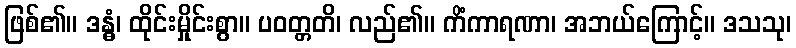
ဖြစ်၏။ ဒန္ဓံ၊ ထိုင်းမှိုင်းစွာ။ ပဝတ္တတိ၊ လည်၏။ ကိံကာရဏာ၊ အဘယ်ကြောင့်။ ဒသသု၊